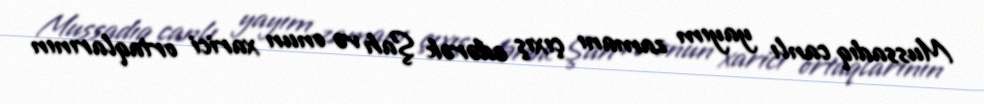
Mussadıq canlı yayım zamanı çıxış edərək Şah və onun xarici ortaqlarının